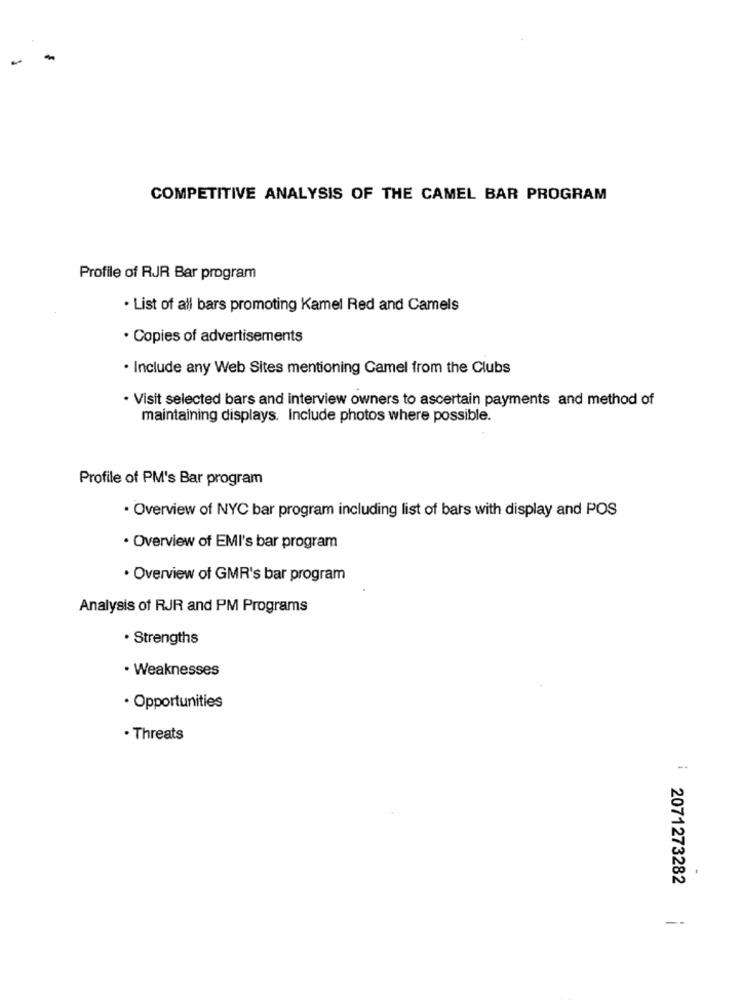
COMPETITIVE ANALYSIS OF THE CAMEL BAR PROGRAM
Profile of RJR Bar program
. List of all bars promoting Kamel Red and Camels
· Copies of advertisements
. Include any Web Sites mentioning Camel from the Clubs
· Visit selected bars and interview owners to ascertain payments and method of
maintaining displays. Include photos where possible.
Profile of PM's Bar program
. Overview of NYC bar program including list of bars with display and POS
· Overview of EMI's bar program
· Overview of GMR's bar program
Analysis of RJR and PM Programs
· Strengths
· Weaknesses
· Opportunities
. Threats
2071273282
--